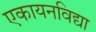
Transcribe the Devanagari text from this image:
एकायनविद्या